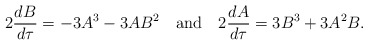
\begin{align*}2{dB\over d\tau}=-3A^3-3AB^2\quad{\rm and}\quad 2{dA\over d\tau}=3B^3+3A^2B.\end{align*}